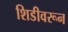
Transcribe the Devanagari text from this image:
शिडीवरून